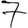
Digit: 7